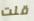
قلت